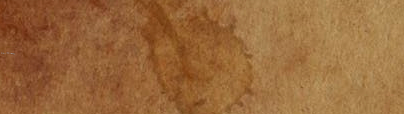
Speed Limit 60